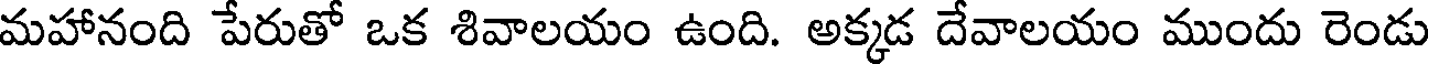
మహానంది పేరుతో ఒక శివాలయం ఉంది. అక్కడ దేవాలయం ముందు రెండు